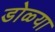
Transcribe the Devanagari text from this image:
डोळ्या